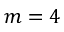
m = 4